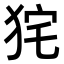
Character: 𤞌